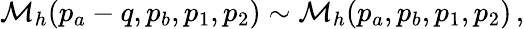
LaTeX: {\cal M}_{h}(p_{a}-q,p_{b},p_{1},p_{2})\sim{\cal M}_{h}(p_{a},p_{b},p_{1},p_{2})\, ,